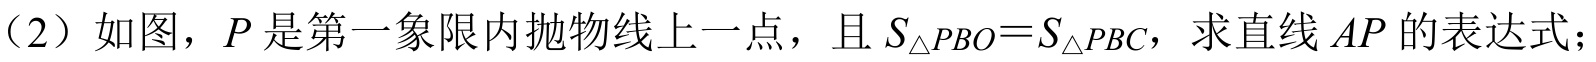
（2）如图，\(P\)是第一象限内抛物线上一点，且\(S_{\triangle PBO}=S_{\triangle PBC}\)，求直线\(AP\)的表达式；